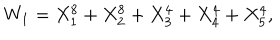
W _ { 1 } = X _ { 1 } ^ { 8 } + X _ { 2 } ^ { 8 } + X _ { 3 } ^ { 4 } + X _ { 4 } ^ { 4 } + X _ { 5 } ^ { 4 } ,